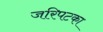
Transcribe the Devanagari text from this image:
जरिपटका